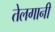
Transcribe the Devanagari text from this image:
तेलगानी